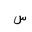
Letter: _sin